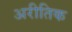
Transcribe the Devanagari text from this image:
अरीतिक